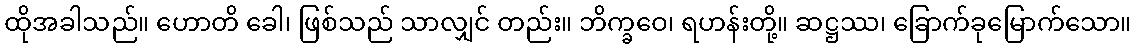
ထိုအခါသည်။ ဟောတိ ခေါ၊ ဖြစ်သည် သာလျှင် တည်း။ ဘိက္ခဝေ၊ ရဟန်းတို့။ ဆဋ္ဌဿ၊ ခြောက်ခုမြောက်သော။